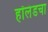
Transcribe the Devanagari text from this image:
हॉलंडचा